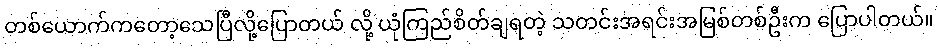
တစ်ယောက်ကတော့သေပြီလို့ပြောတယ် လို့ ယုံကြည်စိတ်ချရတဲ့ သတင်းအရင်းအမြစ်တစ်ဦးက ပြောပါတယ်။